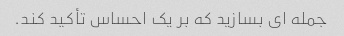
جمله ای بسازید که بر یک احساس تأکید کند.